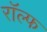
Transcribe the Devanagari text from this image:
राॅल्फ